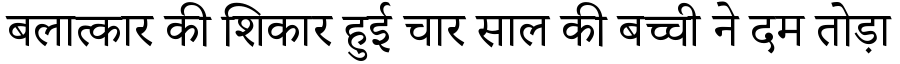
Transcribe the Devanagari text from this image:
बलात्कार की शिकार हुई चार साल की बच्ची ने दम तोड़ा